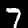
Digit: 7